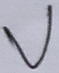
Text: V